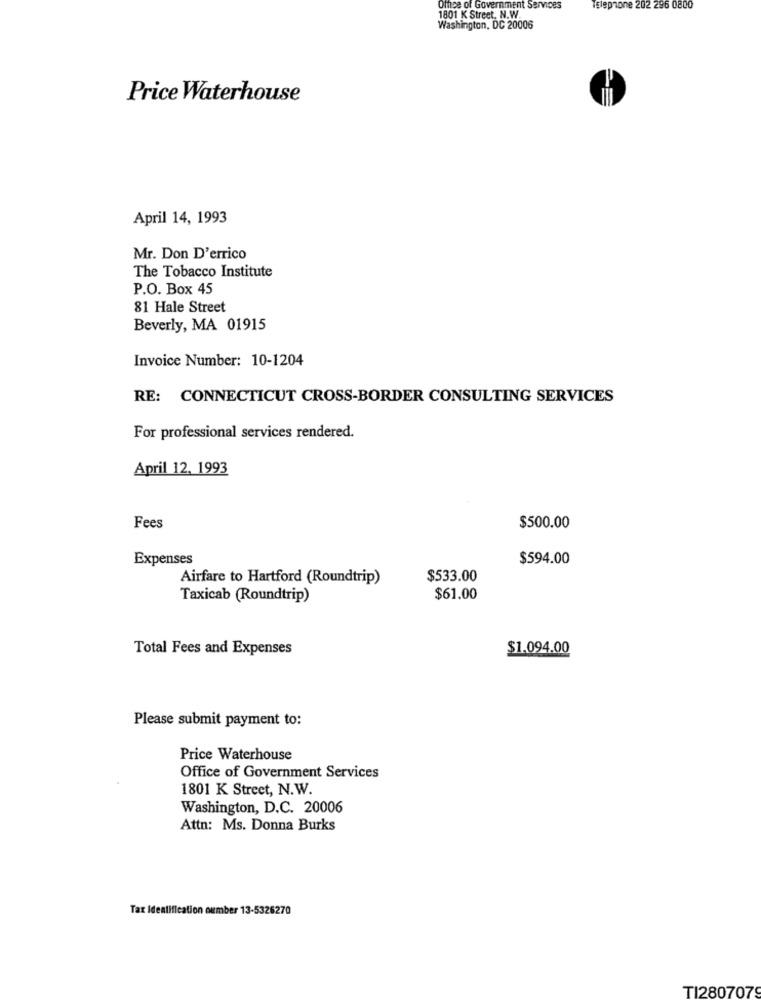
Office of Government Services
Telephone 202 296 0800
1801 K Street. N.W.
Washington, DC 20006
Price Waterhouse
April 14, 1993
Mr. Don D'errico
The Tobacco Institute
P.O. Box 45
81 Hale Street
Beverly, MA 01915
Invoice Number: 10-1204
RE: CONNECTICUT CROSS-BORDER CONSULTING SERVICES
For professional services rendered.
April 12. 1993
Fees
$500.00
Expenses
$594.00
Airfare to Hartford (Roundtrip)
$533.00
Taxicab (Roundtrip)
$61.00
Total Fees and Expenses
$1.094.00
Please submit payment to:
Price Waterhouse
Office of Government Services
1801 K Street, N.W.
Washington, D.C. 20006
Attn: Ms. Donna Burks
Tax Identification number 13-5326270
TI2807079